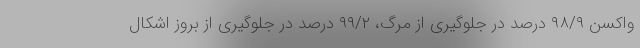
واکسن ۹۸/۹ درصد در جلوگیری از مرگ، ۹۹/۲ درصد در جلوگیری از بروز اشکال